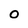
Character: 0